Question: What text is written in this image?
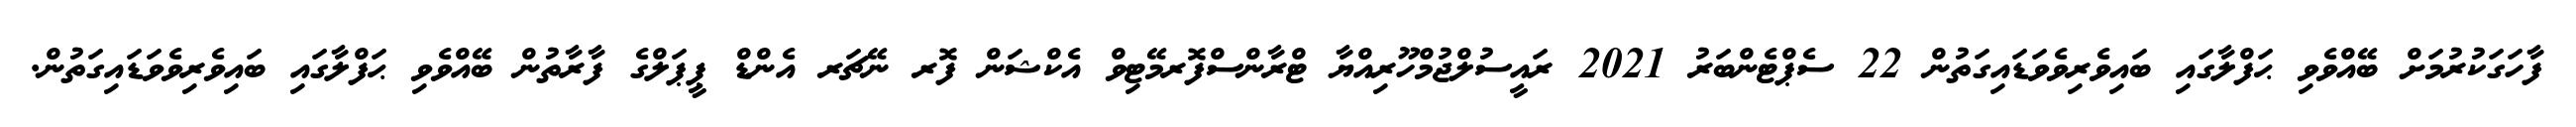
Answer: ފާހަގަކުރުމަށް ބޭއްވެވި ޙަފްލާގައި ބައިވެރިވެވަޑައިގަތުން 22 ސެޕްޓެންބަރު 2021 ރައީސުލްޖުމްހޫރިއްޔާ ޓްރާންސްފޮރމޭޓިވް އެކްޝަން ފޮރ ނޭޗަރ އެންޑް ޕީޕަލްގެ ފާރާތުން ބޭއްވެވި ޙަފްލާގައި ބައިވެރިވެވަޑައިގަތުން.